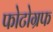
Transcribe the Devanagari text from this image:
फोटोग्रफ